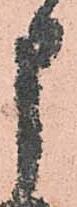
申